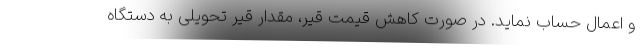
و اعمال حساب نماید. در صورت کاهش قیمت قیر، مقدار قیر تحویلی به دستگاه